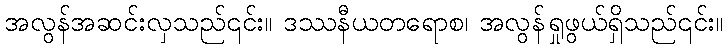
အလွန်အဆင်းလှသည်၎င်း။ ဒဿနီယတရောစ၊ အလွန်ရှုဖွယ်ရှိသည်၎င်း။